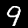
Label: 9